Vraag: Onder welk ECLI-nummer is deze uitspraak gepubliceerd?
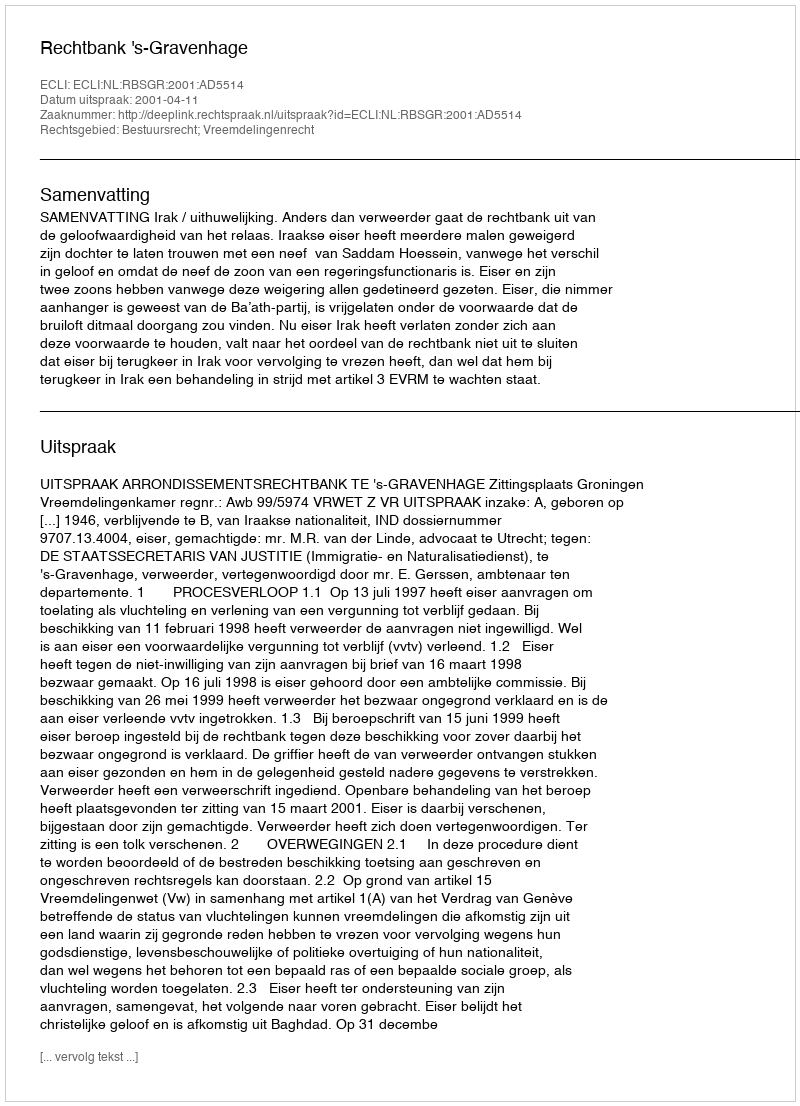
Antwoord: ECLI:NL:RBSGR:2001:AD5514